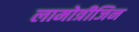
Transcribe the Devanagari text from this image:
लामोत्रीजिन